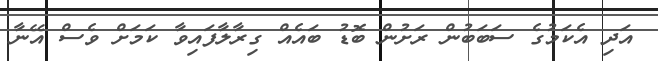
އަދި އެކަމުގެ ސަބަބުން ރަށުން ބޮޑު ބައެއް ގިރާލާފައިވާ ކަމަށް ވެސް އޭނާ